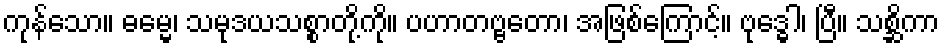
ကုန်သော။ ဓမ္မေ၊ သမုဒယသစ္စာတို့ကို။ ပဟာတဗ္ဗတော၊ အဖြစ်ကြောင့်။ ဗုဒ္ဓေါ၊ ပြီ။ သစ္ဆိကာ